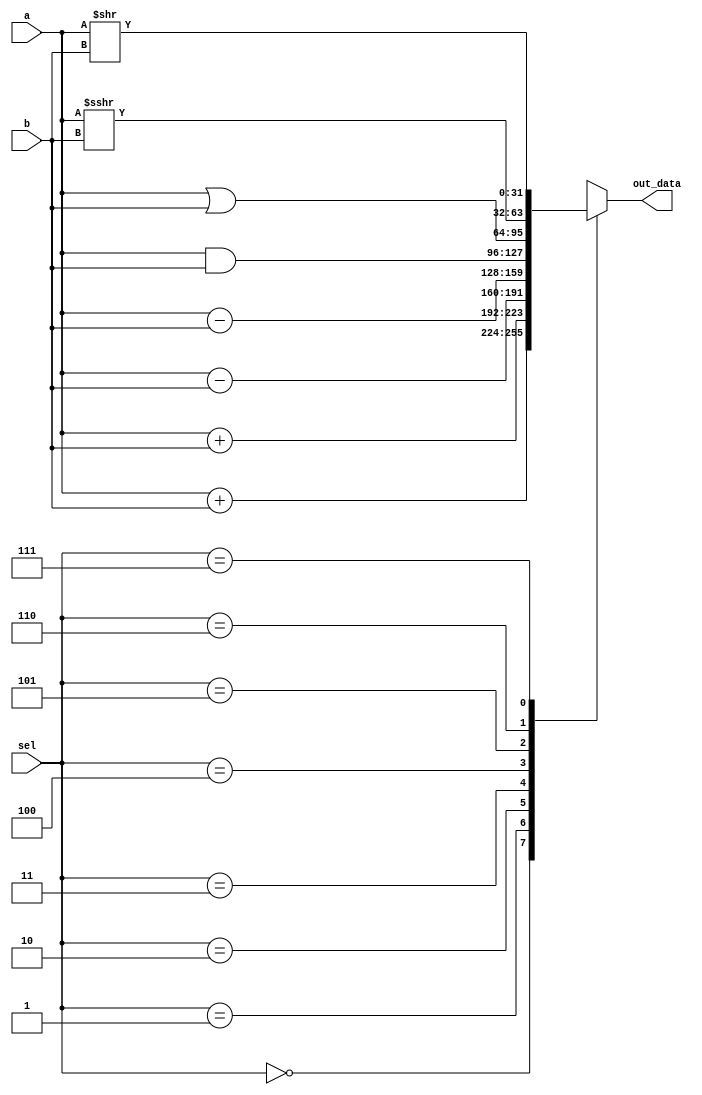
module alu (input [31:0] a, input [31:0] b, input [2:0] sel, output [31:0] out_data);
	reg [31:0] out;
	assign out_data = out;
	reg [32:0] carry;
	always @(*) begin
		case (sel)
			3'b000: out <= $signed(a) + $signed(b);
			3'b001: {carry, out} <= $unsigned(a) + $unsigned(b);
			3'b010:	out <= $signed(a) - $signed(b);
			3'b011:	out <= a - b;
			3'b100: out <= a & b;
			3'b101: out <= a | b;
			3'b110: out <= a >>> b;
			3'b111: out <= a >> b;
			default: out <= a + b;
		endcase
	end
endmodule